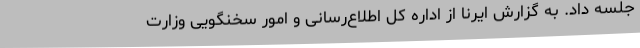
جلسه داد. به گزارش ایرنا از اداره کل اطلاع‌رسانی و امور سخنگویی وزارت